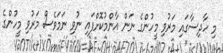
މި ހާދިސާގައި މަރުވި މީހުންގެ ނަން އާންމުކޮށްފައި ނުވި ނަމަވެސް މަރުވި މީހުންގެ